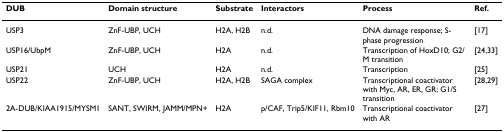
<table><thead><tr><td><b>DUB</b></td><td><b>Domain structure</b></td><td><b>Substrate</b></td><td><b>Interactors</b></td><td><b>Process</b></td><td><b>Ref.</b></td></tr></thead><tbody><tr><td>USP3</td><td>ZnF-UBP, UCH</td><td>H2A, H2B</td><td>n.d.</td><td>DNA damage response; S-phase progression</td><td>[17]</td></tr><tr><td>USP16/UbpM</td><td>ZnF-UBP, UCH</td><td>H2A</td><td>n.d.</td><td>Transcription of HoxD10; G2/M transition</td><td>[24,33]</td></tr><tr><td>USP21</td><td>UCH</td><td>H2A</td><td>n.d.</td><td>Transcription</td><td>[25]</td></tr><tr><td>USP22</td><td>ZnF-UBP, UCH</td><td>H2A, H2B</td><td>SAGA complex</td><td>Transcriptional coactivator with Myc, AR, ER, GR; G1/S transition</td><td>[28,29]</td></tr><tr><td>2A-DUB/KIAA1915/MYSM1</td><td>SANT, SWIRM, JAMM/MPN+</td><td>H2A</td><td>p/CAF, Trip5/KIF11, Rbm10</td><td>Transcriptional coactivator with AR</td><td>[27]</td></tr></tbody></table>